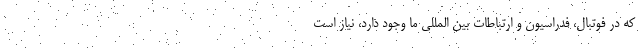
که در فوتبال، فدراسیون و ارتباطات بین ‌المللی ما وجود دارد، نیاز است